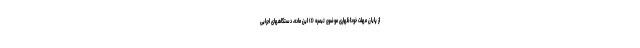
از پایان مهلت خوداظهاری موضوع تبصره (۱) این ماده، دستگاههای اجرایی